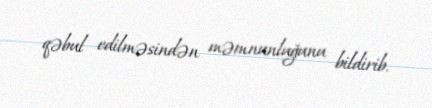
qəbul edilməsindən məmnunluğunu bildirib.